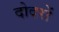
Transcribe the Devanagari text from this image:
दोदरों